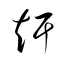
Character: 赶